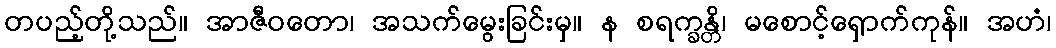
တပည့်တို့သည်။ အာဇီဝတော၊ အသက်မွေးခြင်းမှ။ န စရက္ခန္တိ၊ မစောင့်ရှောက်ကုန်။ အဟံ၊